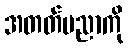
အတတ်ပညာကို